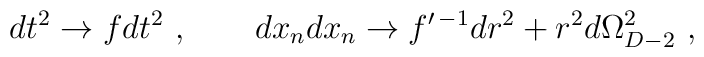
dt^2  \to   f dt^2 \ , \ \ \ \ \ \ dx_n dx_n \to f^{\prime\,-1}dr^2 + r^2d\Omega^2_{D-2}\ ,